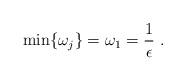
LaTeX: \begin{align*}\min\{\omega_j\}=\omega_1=\frac1\epsilon\ .\end{align*}